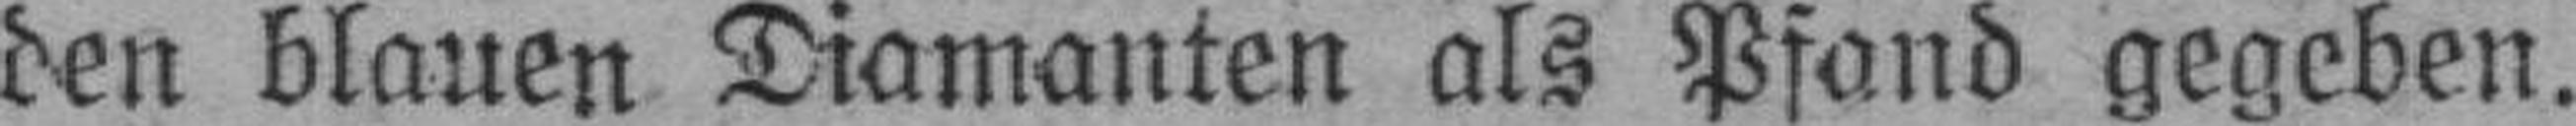
den blauen Diamanten als Pfand gegeben.